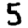
Digit: 5